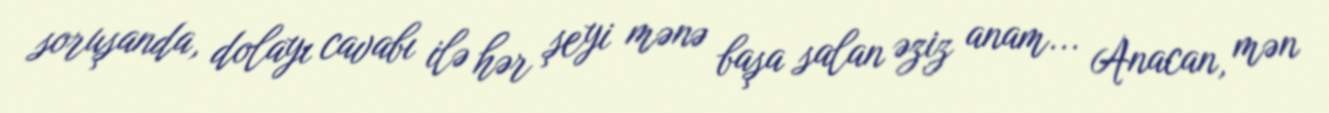
soruşanda, dolayı cavabı ilə hər şeyi mənə başa salan əziz anam... Anacan, mən